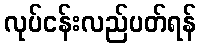
လုပ်ငန်းလည်ပတ်ရန်